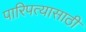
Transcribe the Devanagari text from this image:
पारिपत्यासाठी